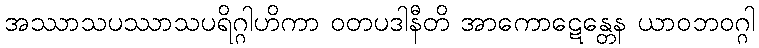
အဿာသပဿာသပရိဂ္ဂါဟိကာ ဝတပဒါနီတိ အာကောဋေန္တေန ယာဝဘဝဂ္ဂါ